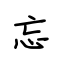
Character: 忘